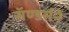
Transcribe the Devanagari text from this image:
सॅण्डर्सने